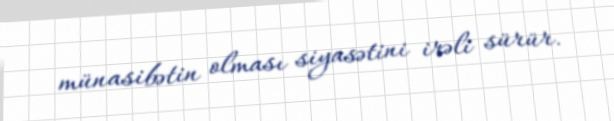
münasibətin olması siyasətini irəli sürür.